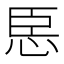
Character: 𢙞